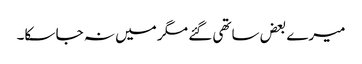
میرے بعض ساتھی گئے مگر میں نہ جا سکا۔